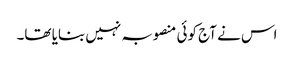
اس نے آج کوئی منصوبہ نہیں بنایا تھا۔